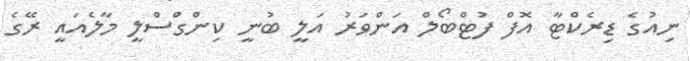
ނިއުގެ ޑިރެކްޓާ އޮފް ފުޓްބޯލް އަންވަރު އަލީ ބުނީ ކިންގްސްލީ މާލެއައީ ރޭގެ